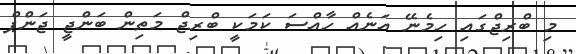
މި ބްރިޖްގައި ހިމެނޭ އަނެއް ހާއްސަ ކަމަކީ ބްރިޖް މަތިން ބަންޖީ ޖަންޕް